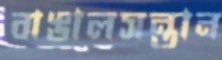
বাঙালসন্তান